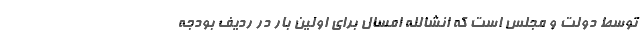
توسط دولت و مجلس است که انشالله امسال برای اولین بار در ردیف بودجه